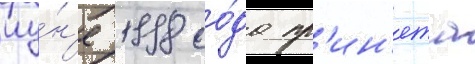
иу́н'е 1998 го́да пр'ин'ята